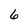
Character: 6